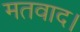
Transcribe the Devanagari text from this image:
मतवाद।